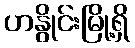
ဟနွိုင်းမြို့ရှိ